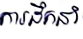
ការដឹកនាំ